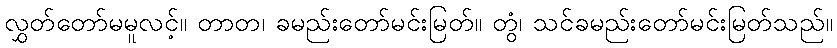
လွှတ်တော်မမူလင့်။ တာတ၊ ခမည်းတော်မင်းမြတ်။ တွံ၊ သင်ခမည်းတော်မင်းမြတ်သည်။